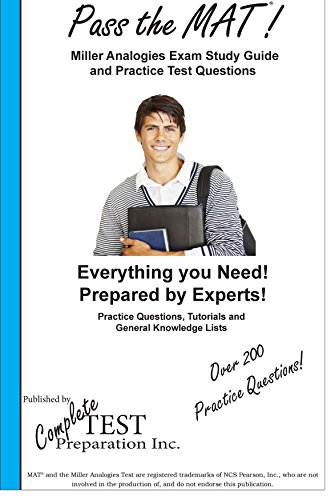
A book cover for Pass the MAT!  Miller Analogies Study Guide and Practice Test Questions; Complete Test Preparation Inc.; Test Preparation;